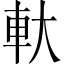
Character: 軑